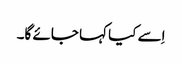
اِسے کیا کہا جائے گا۔